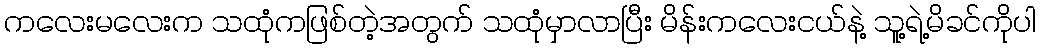
ကလေးမလေးက သထုံကဖြစ်တဲ့အတွက် သထုံမှာလာပြီး မိန်းကလေးငယ်နဲ့ သူ့ရဲ့မိခင်ကိုပါ